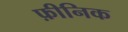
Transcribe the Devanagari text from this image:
फ़ीनिक